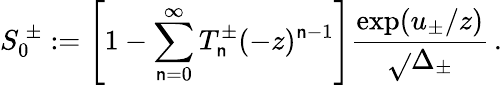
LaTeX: S_{0}^{\ \pm}:=\left[1-\sum_{\mathsf{n}=0}^{\infty}T_{\mathsf{n}}^{\pm}(-z)^{\mathsf{n}-1}\right]{\frac{{\exp(u_{\pm}/z)}}{{\sqrt{}{{\Delta_{\pm}}}}}}\, .